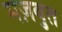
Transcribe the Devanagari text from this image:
मज़बुत